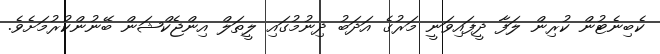
ކެބިނެޓުން ކުރިން ލަފާ ދީފައިވަނީ މަރުގެ އަދަބު ދިނުމުގައި ލީތަލް އިންޖެކްޝަން ބޭނުންކުރުމަށެވެ.